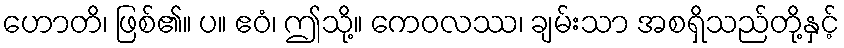
ဟောတိ၊ ဖြစ်၏။ ပ။ ဧဝံ၊ ဤသို့။ ကေဝလဿ၊ ချမ်းသာ အစရှိသည်တို့နှင့်